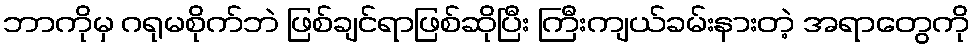
ဘာကိုမှ ဂရုမစိုက်ဘဲ ဖြစ်ချင်ရာဖြစ်ဆိုပြီး ကြီးကျယ်ခမ်းနားတဲ့ အရာတွေကို